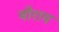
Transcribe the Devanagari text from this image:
बौराय